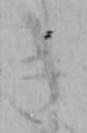
き